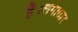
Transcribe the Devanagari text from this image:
है।लगातार